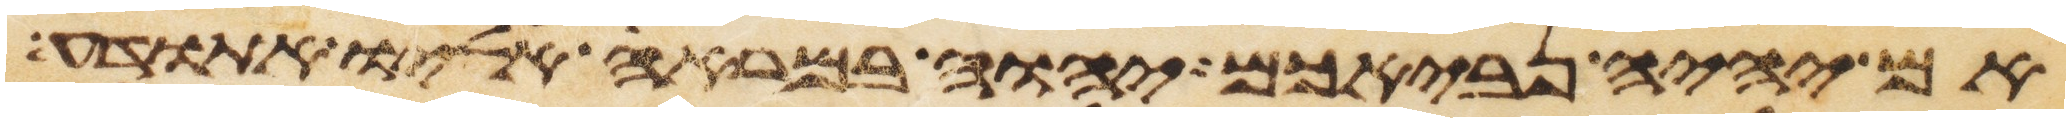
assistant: אם יהיה נביאכם יהוה במראה אליו התודע